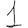
Digit: 1